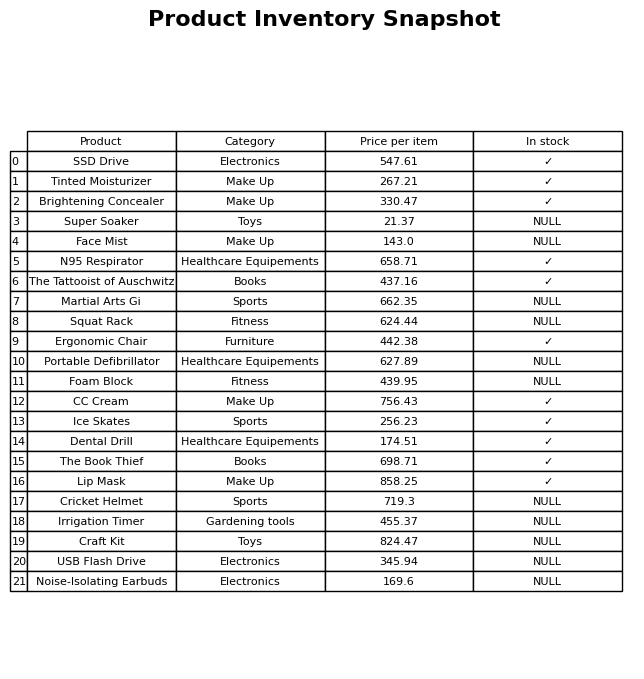
question: What is the price for Portable Defibrillator?
answer: The price of Portable Defibrillator is 627.89.